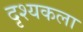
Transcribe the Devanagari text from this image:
दृश्‍यकला